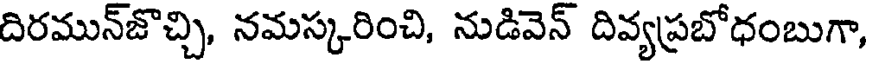
దిరమున్జొచ్చి, నమస్కరించి, నుడివెన్ దివ్యప్రబోధంబుగా,